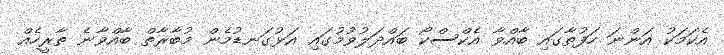
އެކަމަކު އަންނަ ހަފުތާގައި ބާއްވާ އެކްސްކޯ ބައްދަލުވުމުގައި އަޅުގަނޑުމެން މުބާރާތް ބާއްވާނެ ތާރީހެއް